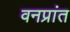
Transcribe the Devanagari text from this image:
वनप्रांत